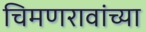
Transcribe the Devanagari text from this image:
चिमणरावांच्या